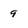
Character: 9